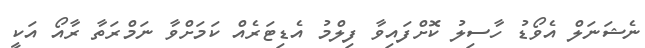
ނެޝަނަލް އެވޯޑު ހާސިލު ކޮށްފައިވާ ފިލްމު އެޑިޓަރެއް ކަމަށްވާ ނަމްރަތާ ރާއޯ އަކީ